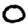
Digit: 0